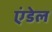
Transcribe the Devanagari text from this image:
एंडेल